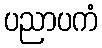
ပညာပကံ